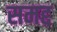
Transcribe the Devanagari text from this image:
समद्द